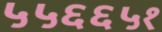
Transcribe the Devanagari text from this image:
५५६६५१